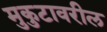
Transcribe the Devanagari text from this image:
मुकुटावरील